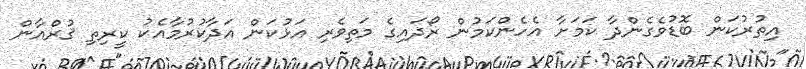
އިތުރުކަން ބޮޑުވެގެންދާ ކަމަށާ އެހެންކަމުން ރޯދައިގެ މަތިވެރި އަޅުކަން އަދާކުރުމާއެކު ކީރިތި ޤުރްއާން